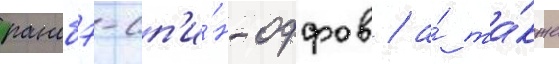
ранобэ-сп'и́н-оффов / а́ та́кже